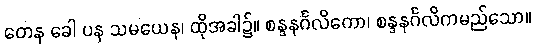
တေန ခေါ ပန သမယေန၊ ထိုအခါ၌။ စန္ဒနင်္ဂလိကော၊ စန္ဒနင်္ဂလိကမည်သော။